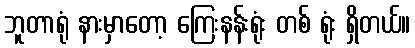
ဘူတာရုံ နားမှာတော့ ကြေးနန်းရုံး တစ် ရုံး ရှိတယ်။